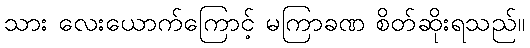
သား လေးယောက်ကြောင့် မကြာခဏ စိတ်ဆိုးရသည်။